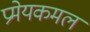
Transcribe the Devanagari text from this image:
प्रमेयकमल